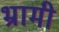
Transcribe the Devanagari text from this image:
भ्रामी